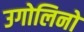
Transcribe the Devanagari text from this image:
उगोलिनो